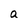
Character: a